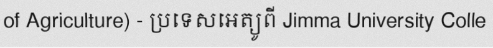
of Agriculture) - ប្រទេសអេត្យូពី Jimma University Colle